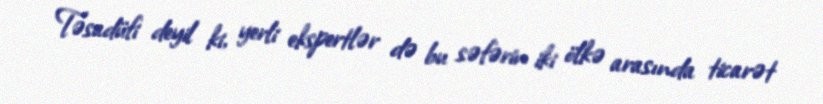
Təsadüfi deyil ki, yerli ekspertlər də bu səfərin iki ölkə arasında ticarət